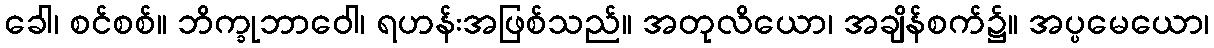
ခေါ၊ စင်စစ်။ ဘိက္ခုဘာဝေါ၊ ရဟန်းအဖြစ်သည်။ အတုလိယော၊ အချိန်စက်၌။ အပ္ပမေယော၊